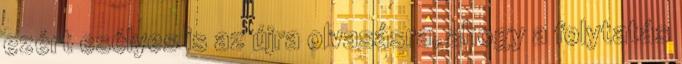
ezért esélyes is az újra olvasásra, ahogy a folytatás